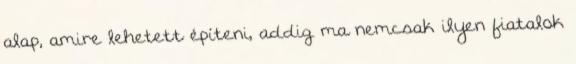
alap, amire lehetett építeni, addig ma nemcsak ilyen fiatalok